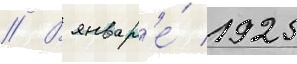
// В январ'е́ 1925